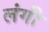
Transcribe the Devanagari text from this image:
लंगी